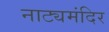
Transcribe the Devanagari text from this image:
नाट्यमंदिर